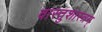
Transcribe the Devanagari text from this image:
वास्तुशास्त्रम्‌